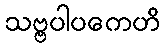
သဗ္ဗပါပကေဟိ